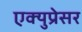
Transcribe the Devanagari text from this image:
एक्युप्रेसर